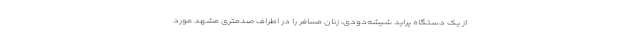
از یک دستگاه پراید شیشه‌دودی، زنان مسافر را در اطراف صدمتری مشهد مورد